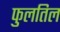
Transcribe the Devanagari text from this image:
फुलतिल